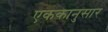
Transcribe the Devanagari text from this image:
एककानुसार